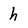
Character: h